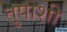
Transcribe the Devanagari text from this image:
तुपाशी